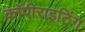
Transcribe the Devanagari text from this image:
कॉपीराइटिंग